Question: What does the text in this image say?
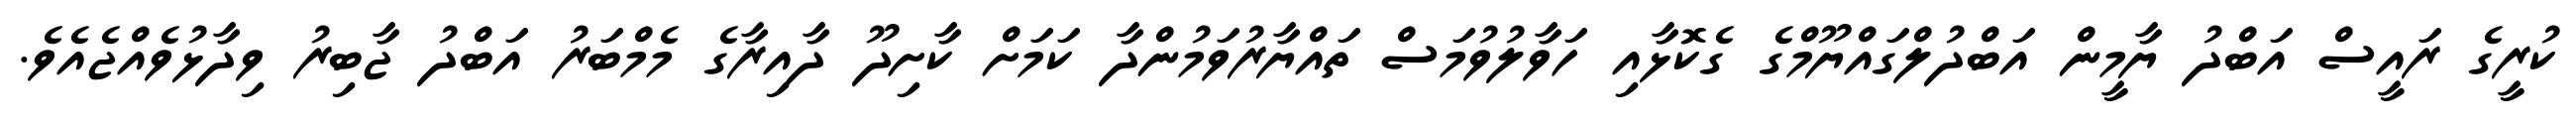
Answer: ކުރީގެ ރައީސް އަބްދު ޔާމީން އަބްދުލްގައްޔޫމްގެ ގެކޮޅާއި ހަވާލުވުމަސް ތައްޔާރުވަމުންދާ ކަމަށް ކާށިދޫ ދާއިރާގެ މެމްބަރު އަބްދު ޖާބިރު ވިދާޅުވެއްޖެއެވެ.